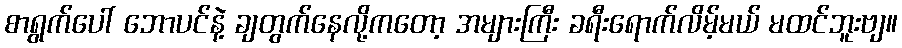
စာရွက်ပေါ် ဘောပင်နဲ့ ချတွက်နေလို့ကတော့ အများကြီး ခရီးရောက်လိမ့်မယ် မထင်ဘူးဗျ။